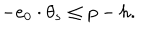
- e _ { 0 } \cdot \theta _ { s } \leq p - h .